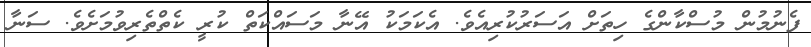
ފެނުމުން މުސްކާންގެ ހިތަށް އަސަރުކުރިއެވެ. އެކަމަކު އޭނާ މަސައްކަތް ކުރީ ކެތްތެރިވުމަށެވެ. ސަނާ